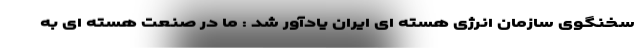
سخنگوی سازمان انرژی هسته ای ایران یادآور شد : ما در صنعت هسته ای به